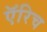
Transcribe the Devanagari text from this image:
ऍरिच